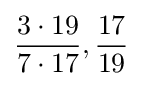
{\frac {3\cdot 19}{7\cdot 17}},{\frac {17}{19}}